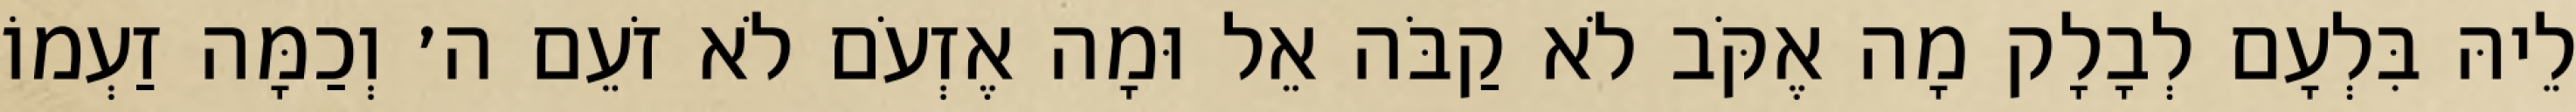
לֵיהּ בִּלְעָם לְבָלָק מָה אֶקֹּב לֹא קַבֹּה אֵל וּמָה אֶזְעֹם לֹא זֹעֵם ה׳ וְכַמָּה זַעְמוֹ